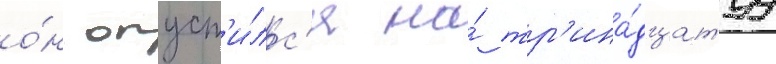
о́н опуст'и́лс'я на́ тр'ина́дцатуу